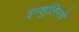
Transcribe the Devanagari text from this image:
इन्शुलिनचे